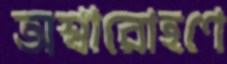
অশ্বারোহণে